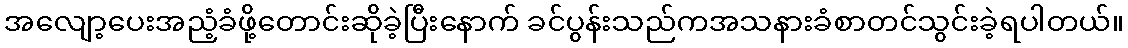
အလျော့ပေးအညံ့ခံဖို့တောင်းဆိုခဲ့ပြီးနောက် ခင်ပွန်းသည်ကအသနားခံစာတင်သွင်းခဲ့ရပါတယ်။